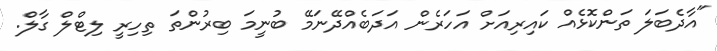
"އާދެބަލަ ތަންކޮޅެއް ކައިރިއަށް އަހަރެން އަދަބެއްދޭނަމޭ ބުނީމަ ބިރުންތަ ތިހިރީ ލިޓްލް ގާލް.